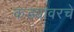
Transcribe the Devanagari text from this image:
कड्यावरचे